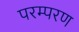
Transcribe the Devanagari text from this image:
परम्परण